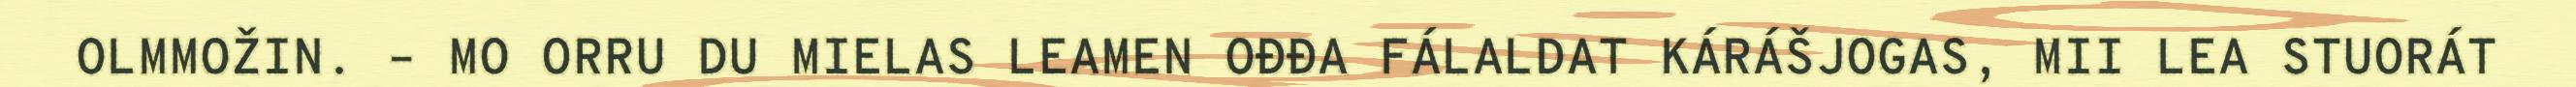
OLMMOŽIN. – MO ORRU DU MIELAS LEAMEN OĐĐA FÁLALDAT KÁRÁŠJOGAS, MII LEA STUORÁT